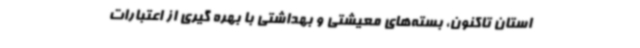
استان تاکنون، بسته‌های معیشتی و بهداشتی با بهره گیری از اعتبارات